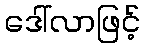
ဒေါ်လာဖြင့်